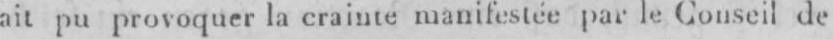
ait pu provoquer la crainte manifestée par le Conseil de